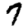
Digit: 7